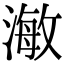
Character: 𭲅